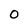
Character: 0